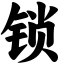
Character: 锁